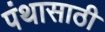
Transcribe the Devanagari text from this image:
पंथासाठी